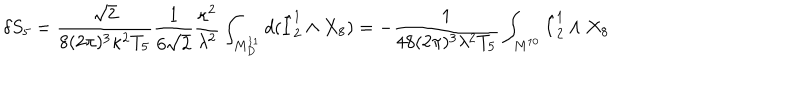
\delta S _ { 5 } = \frac { \sqrt { 2 } } { 8 ( 2 \pi ) ^ { 3 } \kappa ^ { 2 } T _ { 5 } } \frac { 1 } { 6 \sqrt { 2 } } \frac { \kappa ^ { 2 } } { \lambda ^ { 2 } } \int _ { M _ { D } ^ { 1 1 } } d ( \hat { I } _ { 2 } ^ { 1 } \wedge X _ { 8 } ) = - \frac { 1 } { 4 8 ( 2 \pi ) ^ { 3 } \lambda ^ { 2 } T _ { 5 } } \int _ { M ^ { 1 0 } } \hat { I } _ { 2 } ^ { 1 } \wedge X _ { 8 }